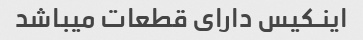
اینـکیس دارای قطعات میباشد